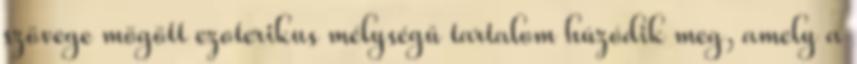
szövege mögött ezoterikus mélységű tartalom húzódik meg, amely a